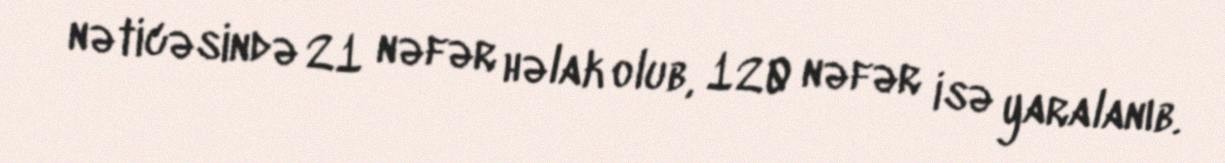
nəticəsində 21 nəfər həlak olub, 120 nəfər isə yaralanıb.